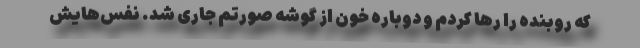
که روبنده را رها کردم و دوباره خون از گوشه صورتم جاری شد. نفس‌هایش